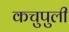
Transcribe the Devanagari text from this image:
कचुपुली